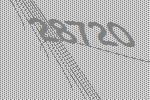
28720